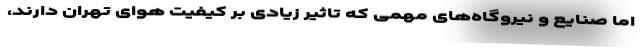
اما صنایع و نیروگاه‌های مهمی که تاثیر زیادی بر کیفیت هوای تهران دارند،